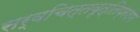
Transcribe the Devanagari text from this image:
सर्वचित्तवृत्तिप्रशम